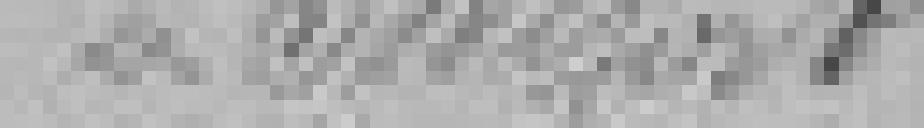
Belfort.